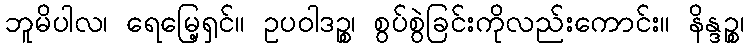
ဘူမိပါလ၊ ရေမြေ့ရှင်။ ဥပဝါဒဉ္စ၊ စွပ်စွဲခြင်းကိုလည်းကောင်း။ နိန္ဒဉ္စ၊